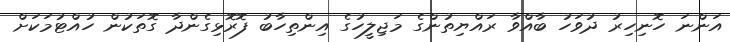
އަންނަ ހޮނިހިރު ދުވަހު ބާއްވާ ރައްޔިތުންގެ މަޖިލީހުގެ އިންތިހާބު ފޮރޮޅިގެންދާ ގޮތަކުން ހުއްޓުމަކަށް